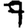
Digit: 7